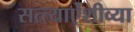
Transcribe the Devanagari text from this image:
सत्त्याऐंशीव्या